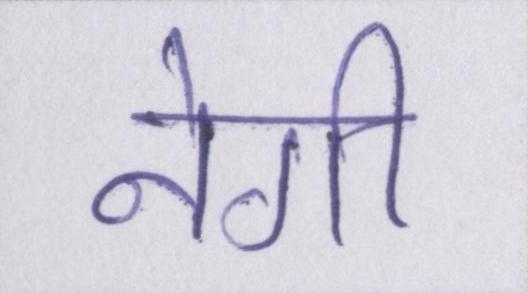
नेगी